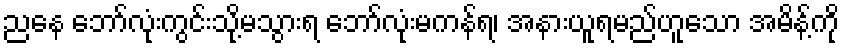
ညနေ ဘော်လုံးကွင်းသို့မသွားရ ဘော်လုံးမကန်ရ၊ အနားယူရမည်ဟူသော အမိန့်ကို